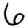
Digit: 6